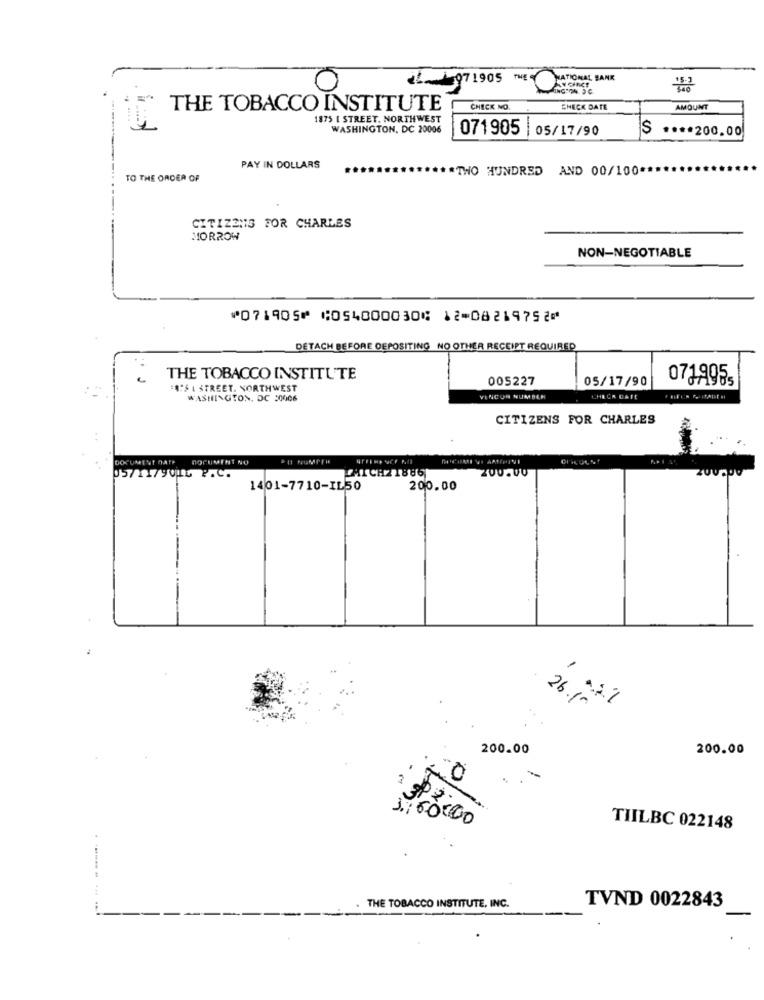
1. 15971905 THE
NATIONAL BANK
THE TOBACCO INSTITUTE
CHECK NO.
CHECK DATE
AMOUNT
1875 [ STREET. NORTHWEST
WASHINGTON, DC 20006
071905
05/17/90
$ .*** 200.00
PAY IN DOLLARS
*TWO HUNDRED AND 00/100 **
TO THE ORDER OF
CITIZENS FOR CHARLES
MORROW
NON-NEGOTIABLE
⑈071905⑈ ⑆054000030⑆ 12⑉08219752⑈
DETACH BEFORE DEPOSITING NO OTHER RECEIPT REQUIRED
THE TOBACCO INSTITUTE
005227
05/17/90
0719955
:"S L STREET. NORTHWEST
WASHINGTON, DC 30006
VISCON NUMBER
CHECK DATE
CITIZENS POR CHARLES
DOCUMENT DATE
DOCUMENT NO
200.00
0571179016 P.C.
1401-7710-IL50
200.00
26.10
..
200.00
200.00
0
4,60000
TIILBC 022148
THE TOBACCO INSTITUTE, INC.
TVND 0022843